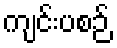
ကျင်းပစဉ်